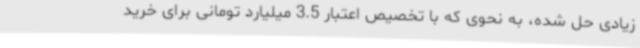
زیادی حل شده، به نحوی که با تخصیص اعتبار 3.5 میلیارد تومانی برای خرید